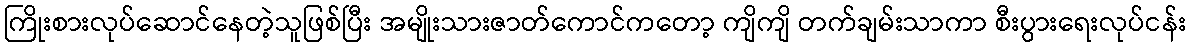
ကြိုးစားလုပ်ဆောင်နေတဲ့သူဖြစ်ပြီး အမျိုးသားဇာတ်ကောင်ကတော့ ကျိကျိ တက်ချမ်းသာကာ စီးပွားရေးလုပ်ငန်း